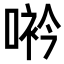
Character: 𠸐